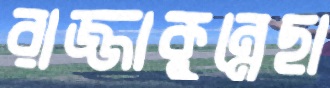
রাজ্জাকুন্নেছা